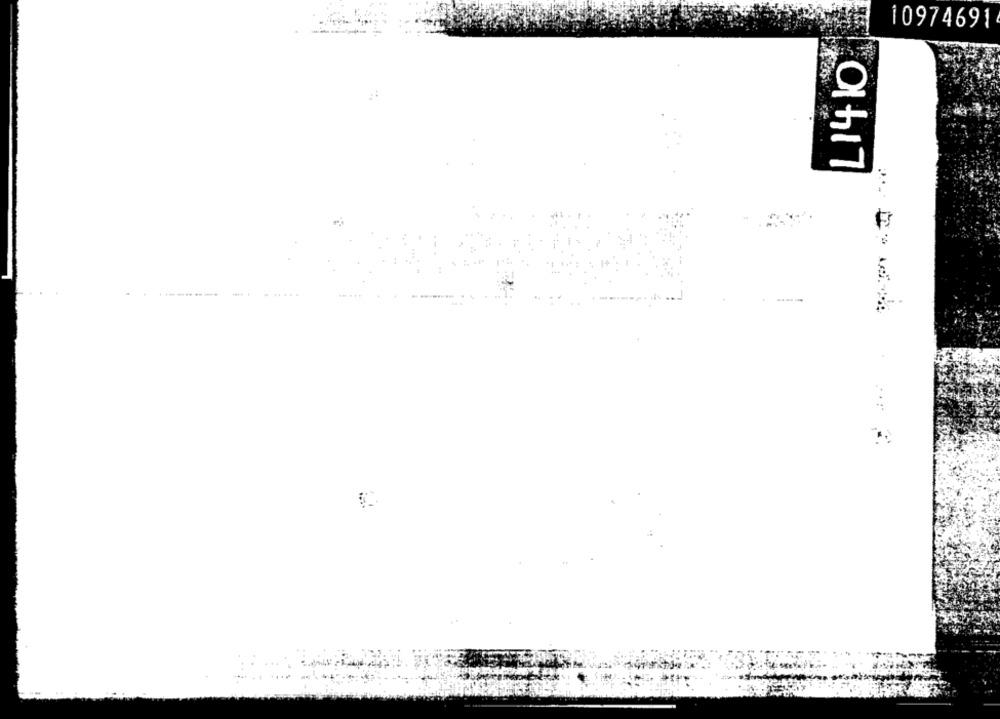
10974691